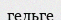
гельге